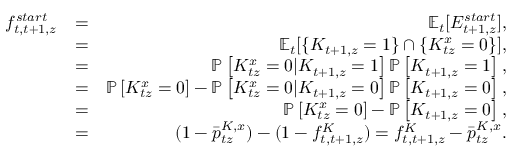
\begin{array} { r l r } { f _ { t , t + 1 , z } ^ { s t a r t } } & { = } & { \mathbb { E } _ { t } [ E _ { t + 1 , z } ^ { s t a r t } ] , } \\ & { = } & { \mathbb { E } _ { t } [ \{ K _ { t + 1 , z } = 1 \} \cap \{ K _ { t z } ^ { x } = 0 \} ] , } \\ & { = } & { \mathbb P \left[ K _ { t z } ^ { x } = 0 | K _ { t + 1 , z } = 1 \right] \mathbb P \left[ K _ { t + 1 , z } = 1 \right] , } \\ & { = } & { \mathbb P \left[ K _ { t z } ^ { x } = 0 \right] - \mathbb P \left[ K _ { t z } ^ { x } = 0 | K _ { t + 1 , z } = 0 \right] \mathbb P \left[ K _ { t + 1 , z } = 0 \right] , } \\ & { = } & { \mathbb P \left[ K _ { t z } ^ { x } = 0 \right] - \mathbb P \left[ K _ { t + 1 , z } = 0 \right] , } \\ & { = } & { ( 1 - \bar { p } _ { t z } ^ { K , x } ) - ( 1 - f _ { t , t + 1 , z } ^ { K } ) = f _ { t , t + 1 , z } ^ { K } - \bar { p } _ { t z } ^ { K , x } . } \end{array}